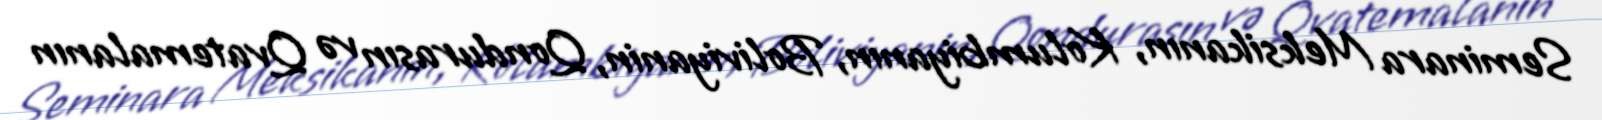
Seminara Meksikanın, Kolumbiyanın, Boliviyanin, Qondurasın və Qvatemalanın